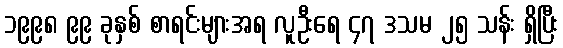
၁၉၉၈ ၉၉ ခုနှစ် စာရင်းများအရ လူဦးရေ ၄၇ ဒသမ ၂၅ သန်း ရှိပြီး